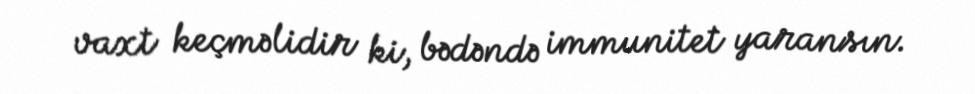
vaxt keçməlidir ki, bədəndə immunitet yaransın.